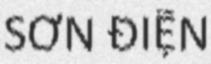
SƠN ĐIỆN